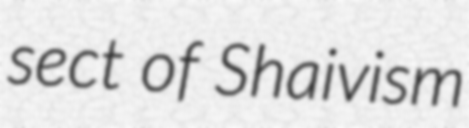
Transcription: sect of Shaivism